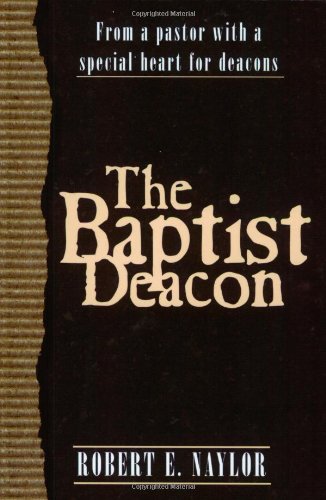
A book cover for The Baptist Deacon: From a Pastor with a Special Heart for Deacons; Robert E. Naylor; Christian Books & Bibles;